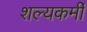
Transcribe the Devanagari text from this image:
शल्यकर्मी